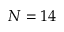
N = 1 4